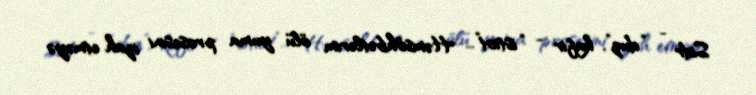
Sidr - “duz”, kafir - “istiot”... Həmsöhbətlərim ölü yuma prosesini izah etməyə